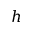
h